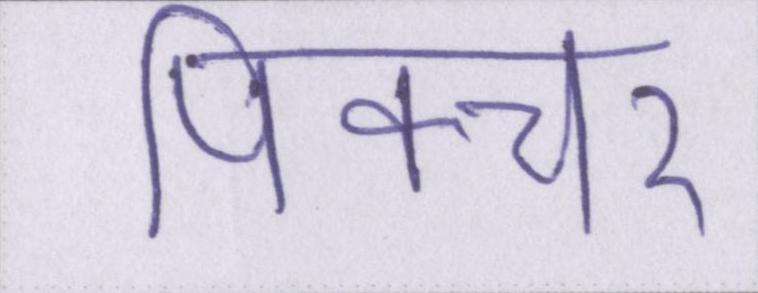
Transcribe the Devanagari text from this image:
पिक्चर